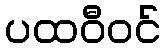
ပထဝီဝင်